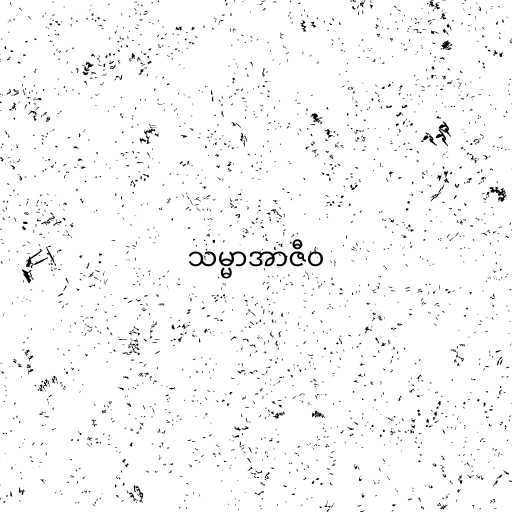
သမ္မာအာဇီဝ